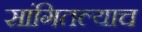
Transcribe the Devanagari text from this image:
सांगितल्याच